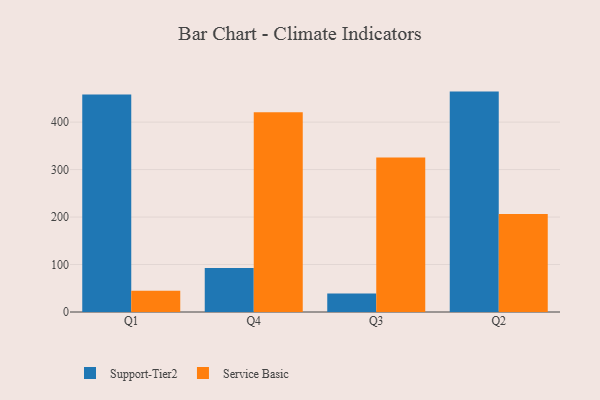
{"axis": {"x": "Quarter", "y": "Temperature (°C)"}, "legend": ["Service Basic", "Support-Tier2"], "data": [{"x": "Q1", "y": 458.2, "type": "Support-Tier2"}, {"x": "Q1", "y": 45.0, "type": "Service Basic"}, {"x": "Q4", "y": 92.6, "type": "Support-Tier2"}, {"x": "Q4", "y": 420.9, "type": "Service Basic"}, {"x": "Q3", "y": 39.1, "type": "Support-Tier2"}, {"x": "Q3", "y": 325.6, "type": "Service Basic"}, {"x": "Q2", "y": 464.3, "type": "Support-Tier2"}, {"x": "Q2", "y": 206.5, "type": "Service Basic"}]}